Indian journal of veterinary science and animal husbandry - Volume 3,
Year: 1933
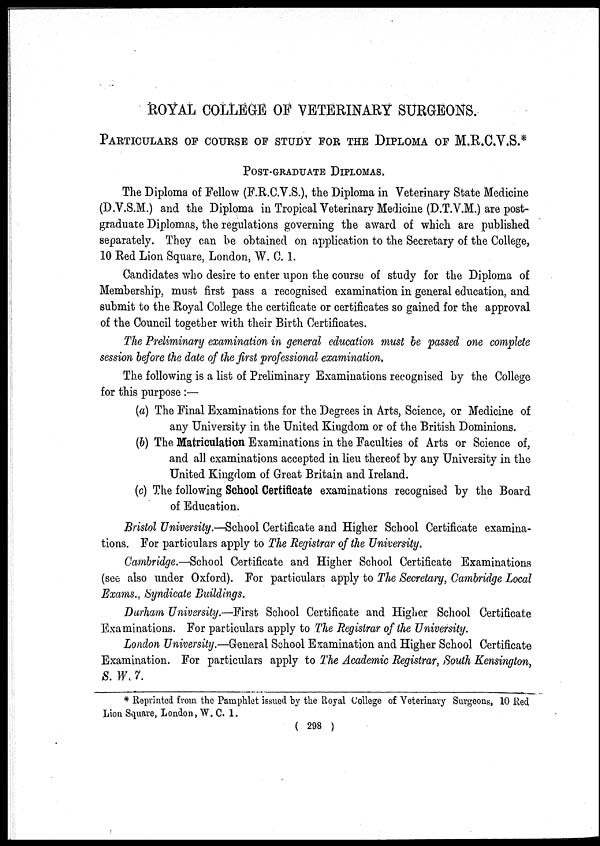
ROYAL COLLEGE OF VETERINARY SURGEONS.
PARTICULARS OF COURSE OF STUDY FOR THE DIPLOMA OF M.R.C.V.S.*
POST-GRADUATE DIPLOMAS.
The Diploma of Fellow (F.R.C.V.S.), the Diploma in Veterinary State Medicine
(D.V.S.M.) and the Diploma in Tropical Veterinary Medicine (D.T.V.M.) are post-
graduate Diplomas, the regulations governing the award of which are published
separately. They can be obtained on application to the Secretary of the College,
10 Red Lion Square, London, W. C. 1.
Candidates who desire to enter upon the course of study for the Diploma of
Membership, must first pass a recognised examination in general education, and
submit to the Royal College the certificate or certificates so gained for the approval
of the Council together with their Birth Certificates.
The Preliminary examination in general education must be passed one complete
session before the date of the first professional examination.
The following is a list of Preliminary Examinations recognised by the College
for this purpose :—
(a) The Final Examinations for the Degrees in Arts, Science, or Medicine of
any University in the United Kingdom or of the British Dominions.
(b) The Matriculation Examinations in the Faculties of Arts or Science of,
and all examinations accepted in lieu thereof by any University in the
United Kingdom of Great Britain and Ireland.
(c) The following School Certificate examinations recognised by the Board
of Education.
Bristol University.—School Certificate and Higher School Certificate examina-
tions. For particulars apply to The Registrar of the University.
Cambridge.—School Certificate and Higher School Certificate Examinations
(see also under Oxford). For particulars apply to The Secretary, Cambridge Local
Exams., Syndicate Buildings.
Durham University.—First School Certificate and Higher School Certificate
Examinations. For particulars apply to The Registrar of the University.
London University.—General School Examination and Higher School Certificate
Examination. For particulars apply to The Academic Registrar, South Kensington,
S. W. 7.
* Reprinted from the Pamphlet issued by the Royal College of Veterinary Surgeons, 10 Red
Lion Square, London, W. C. 1.
( 298 )